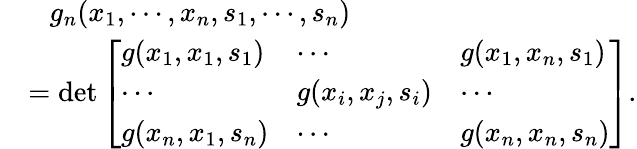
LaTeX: \begin{array}{rl}&{~~~g_{n}(x_{1},\cdots,x_{n},s_{1},\cdots,s_{n})}\\ &{=\mathrm{det}\left[\begin{array}{lll}{g(x_{1},x_{1},s_{1})}&{\cdots}&{g(x_{1},x_{n},s_{1})}\\ {\cdots}&{g(x_{i},x_{j},s_{i})}&{\cdots}\\ {g(x_{n},x_{1},s_{n})}&{\cdots}&{g(x_{n},x_{n},s_{n})}\end{array}\right].}\end{array}